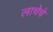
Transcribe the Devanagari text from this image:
लाचेचे